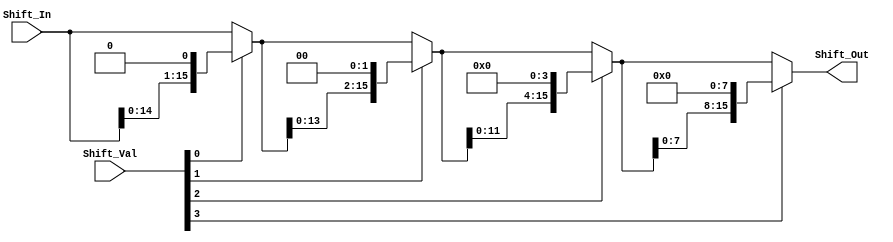

module sll (Shift_Out, Shift_In, Shift_Val);
  input [15:0] Shift_In;  
  input [3:0] Shift_Val;          
  output [15:0] Shift_Out; 

  //hold temporarily shifted register 
  wire[15:0] shft_1, shft_2, shft_3;

  assign shft_1 = (Shift_Val[0]) ? {Shift_In[14:0], {1{1'b0}}} : Shift_In[15:0];
  assign shft_2 = (Shift_Val[1]) ? {shft_1[13:0], {2{1'b0}}} : shft_1[15:0];
  assign shft_3 = (Shift_Val[2]) ? {shft_2[11:0], {4{1'b0}}} : shft_2[15:0];
  assign Shift_Out = (Shift_Val[3]) ? {shft_3[7:0], {8{1'b0}}} : shft_3[15:0];

endmodule